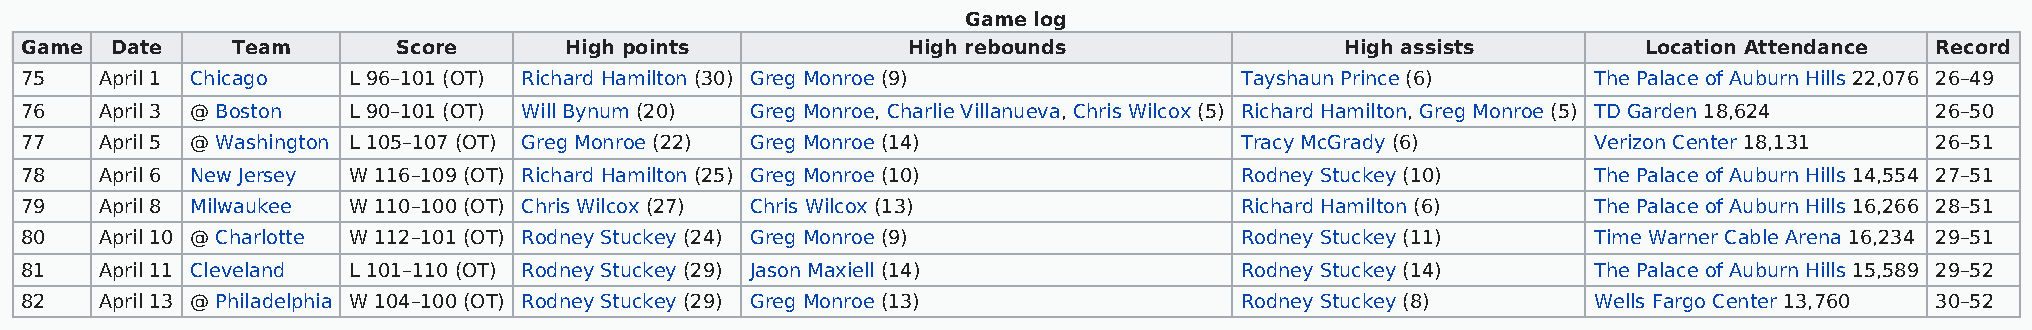
Game log
 Game  Date    Team       Score      High points            High rebounds                High assists        Location Attendance Record
 75    April 1 Chicago L 96–101 (OT) Richard Hamilton (30) Greg Monroe (9)        Tayshaun Prince (6)    The Palace of Auburn Hills 22,076 26–49
 76    April 3 @ Boston L 90–101 (OT) Will Bynum (20) Greg Monroe, Charlie Villanueva, Chris Wilcox (5) Richard Hamilton, Greg Monroe (5) TD Garden 18,624 26–50
 77    April 5 @ Washington L 105–107 (OT) Greg Monroe (22) Greg Monroe (14)      Tracy McGrady (6)      Verizon Center 18,131  26–51
 78    April 6 New Jersey W 116–109 (OT) Richard Hamilton (25) Greg Monroe (10)   Rodney Stuckey (10)    The Palace of Auburn Hills 14,554 27–51
 79    April 8 Milwaukee W 110–100 (OT) Chris Wilcox (27) Chris Wilcox (13)       Richard Hamilton (6)   The Palace of Auburn Hills 16,266 28–51
 80    April 10 @ Charlotte W 112–101 (OT) Rodney Stuckey (24) Greg Monroe (9)    Rodney Stuckey (11)    Time Warner Cable Arena 16,234 29–51
 81    April 11 Cleveland L 101–110 (OT) Rodney Stuckey (29) Jason Maxiell (14)   Rodney Stuckey (14)    The Palace of Auburn Hills 15,589 29–52
 82    April 13 @ Philadelphia W 104–100 (OT) Rodney Stuckey (29) Greg Monroe (13) Rodney Stuckey (8)    Wells Fargo Center 13,760 30–52